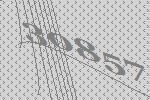
30857